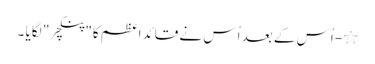
٭- اُس کے بعد اُس نے قائداعظم کا"پنکچر " لگایا ۔